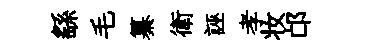
繇毛纂衛誣孝妆邙